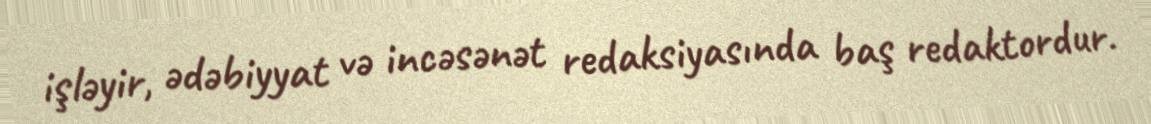
işləyir, ədəbiyyat və incəsənət redaksiyasında baş redaktordur.